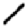
Digit: 1